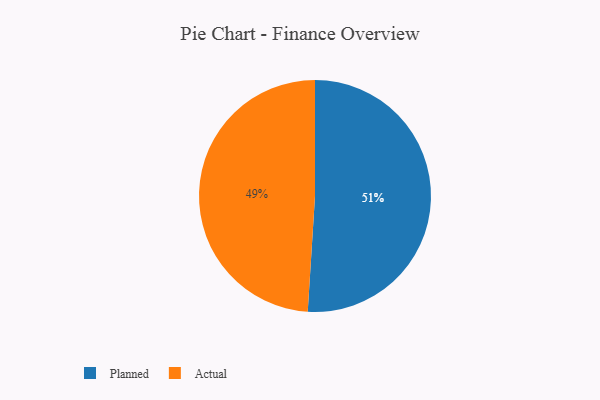
{"axis": {"x": "Category", "y": "Percentage"}, "legend": ["Actual", "Planned"], "data": [{"x": "Planned", "y": 51, "type": "Planned"}, {"x": "Actual", "y": 49, "type": "Actual"}]}